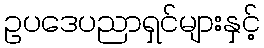
ဥပဒေပညာရှင်များနှင့်